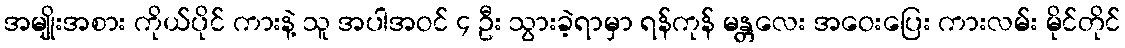
အမျိုးအစား ကိုယ်ပိုင် ကားနဲ့ သူ အပါအဝင် ၄ ဦး သွားခဲ့ရာမှာ ရန်ကုန် မန္တလေး အဝေးပြေး ကားလမ်း မိုင်တိုင်